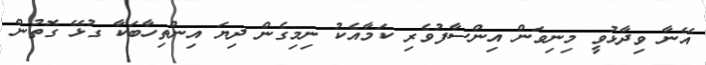
އޭނާ ވިދާޅުވީ މިނިވަން އިންސާފުވެރި ކަމާއެކު ނިމިގެން ދިޔަ އިންތިހާބަކާ ގުޅޭ ގޮތުން